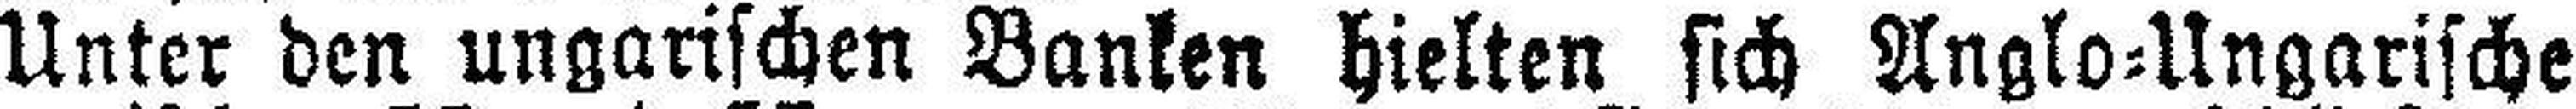
Unter den ungarischen Banken hielten sich Anglo=Ungarische